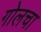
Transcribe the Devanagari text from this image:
गोलचा